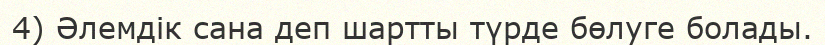
4) Әлемдік сана деп шартты түрде бөлуге болады.